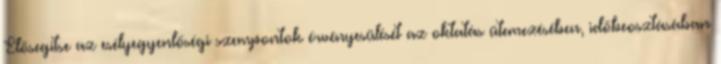
Elősegítse az esélyegyenlőségi szempontok érvényesülését az oktatás ütemezésében, időbeosztásában